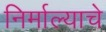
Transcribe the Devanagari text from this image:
निर्माल्याचे